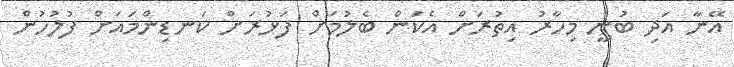
އޭނާ އަދި ބުނީ މިހާރު އިތުރަށް އެކަން ބެލުމަށް ފަޅުރަށް ކަނޑިންމައަށް ފުލުހުން